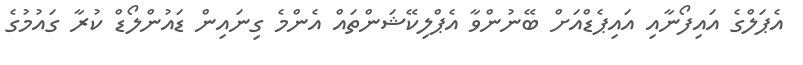
އެޕަލްގެ އައިފޯނާއި އައިޕެޑްއަށް ބޭނުންވާ އެޕްލިކޭޝަންތައް އެންމެ ގިނައިން ޑައުންލޯޑް ކުރާ ގައުމުގެ